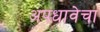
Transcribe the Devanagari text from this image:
अपधावेचा